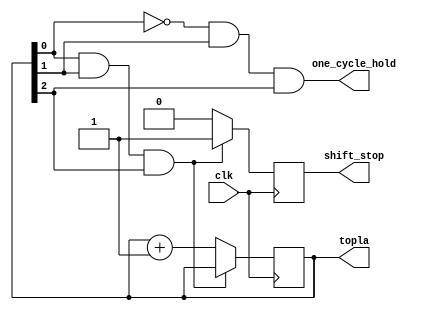
module counter(topla,clk,shift_stop,one_cycle_hold);

		input clk;
		output reg[2:0] topla=3'b000;
      output shift_stop,one_cycle_hold;
		
		reg stop;
			assign one_cycle_hold=(~topla[0]&topla[1]&topla[2]);
		assign shift_stop=stop;
		always@(posedge clk )
		begin
				if((topla[0]==1&topla[1]==1&topla[2]==1))
		begin 
		stop<=1;
		end
		else begin
		topla<=topla+1;
		stop<=0; 
		end
		end
	

endmodule